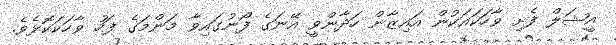
އީޝަލް ފެށި ވާހަކައަކުން އައިޒާން ހަދާންވީ އޭނަގެ ފޯނުގައިވާ މަންމަގެ ފަހު ވާހަކަކޮޅެވެ.